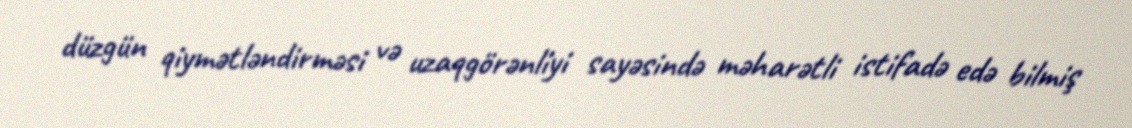
düzgün qiymətləndirməsi və uzaqgörənliyi sayəsində məharətli istifadə edə bilmiş